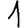
Digit: 1